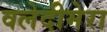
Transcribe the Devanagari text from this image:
वलेदीमेरा